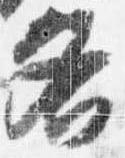
各